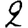
Digit: 2